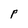
Character: P